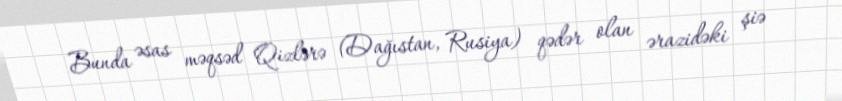
Bunda əsas məqsəd Qizlərə (Dağıstan, Rusiya) qədər olan ərazidəki şiə